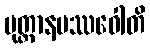
ပုတ္တာနမဿဝေါတိ